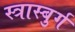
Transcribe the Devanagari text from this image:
स्त्रास्बुर्ग